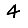
Digit: 4